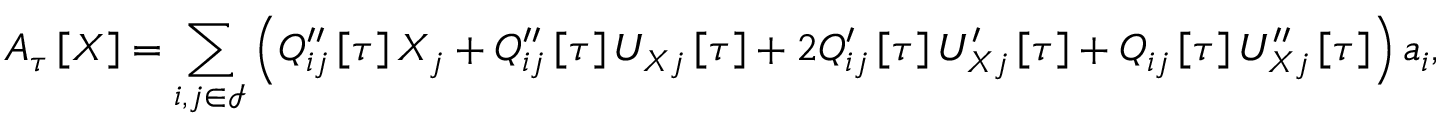
\boldsymbol { A } _ { \u { \tau } } \left[ \boldsymbol { X } \right] = \sum _ { i , j \in \mathcal { I } } \left( Q _ { i j } ^ { \prime \prime } \left[ \tau \right] X _ { j } + Q _ { i j } ^ { \prime \prime } \left[ \tau \right] U _ { X j } \left[ \tau \right] + 2 Q _ { i j } ^ { \prime } \left[ \tau \right] U _ { X j } ^ { \prime } \left[ \tau \right] + Q _ { i j } \left[ \tau \right] U _ { X j } ^ { \prime \prime } \left[ \tau \right] \right) \boldsymbol { a } _ { i } ,